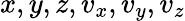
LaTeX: x,y,z,v_{x},v_{y},v_{z}